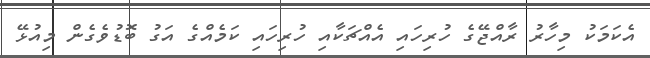
އެކަމަކު މިހާރު ރާއްޖޭގެ ހުރިހައި އެއްޗަކާއި ހުރިހައި ކަމެއްގެ އަގު ބޮޑުވެގެން މިއުޅޭ